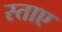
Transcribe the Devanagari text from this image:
स्ताए